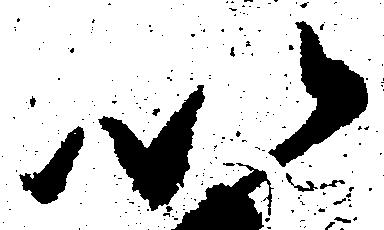
以